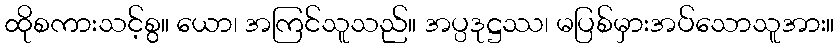
ထိုစကားသင့်စွ။ ယော၊ အကြင်သူသည်။ အပ္ပဒုဋ္ဌဿ၊ မပြစ်မှားအပ်သောသူအား။